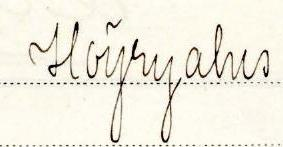
Höyryalus